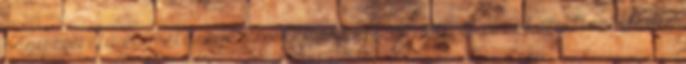
nagy méretű és mélységű problémákkal küzdöttek, ezekkel éltek. Jadie